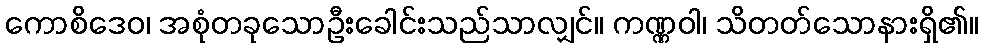
ကောစိဒေဝ၊ အစုံတခုသောဦးခေါင်းသည်သာလျှင်။ ကဏ္ဏဝါ၊ သိတတ်သောနားရှိ၏။